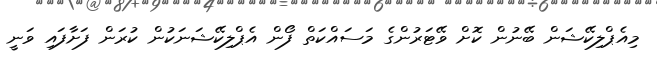
މިއެޕްލިކޭޝަން ބޭނުން ކޮށް ވޭޓަރުންގެ މަސައްކަތް ފޯން އެޕްލިކޭޝަނަކުން ކުރަން ފަށާފައި ވަނީ